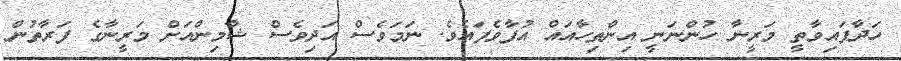
ހަދާފައިވާތީ މަރީނާ ހުންނަނީ އިންތިހާއައް އުފާވެފައެވެ. ނަމަވެސް އަދިވެސް ޝާމިންއަށް މަރީނާގެ ފަރާތުން